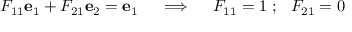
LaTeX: F _ { 1 1 } \mathbf { e } _ { 1 } + F _ { 2 1 } \mathbf { e } _ { 2 } = \mathbf { e } _ { 1 } \quad \implies \quad F _ { 1 1 } = 1 ~ ; ~ ~ F _ { 2 1 } = 0